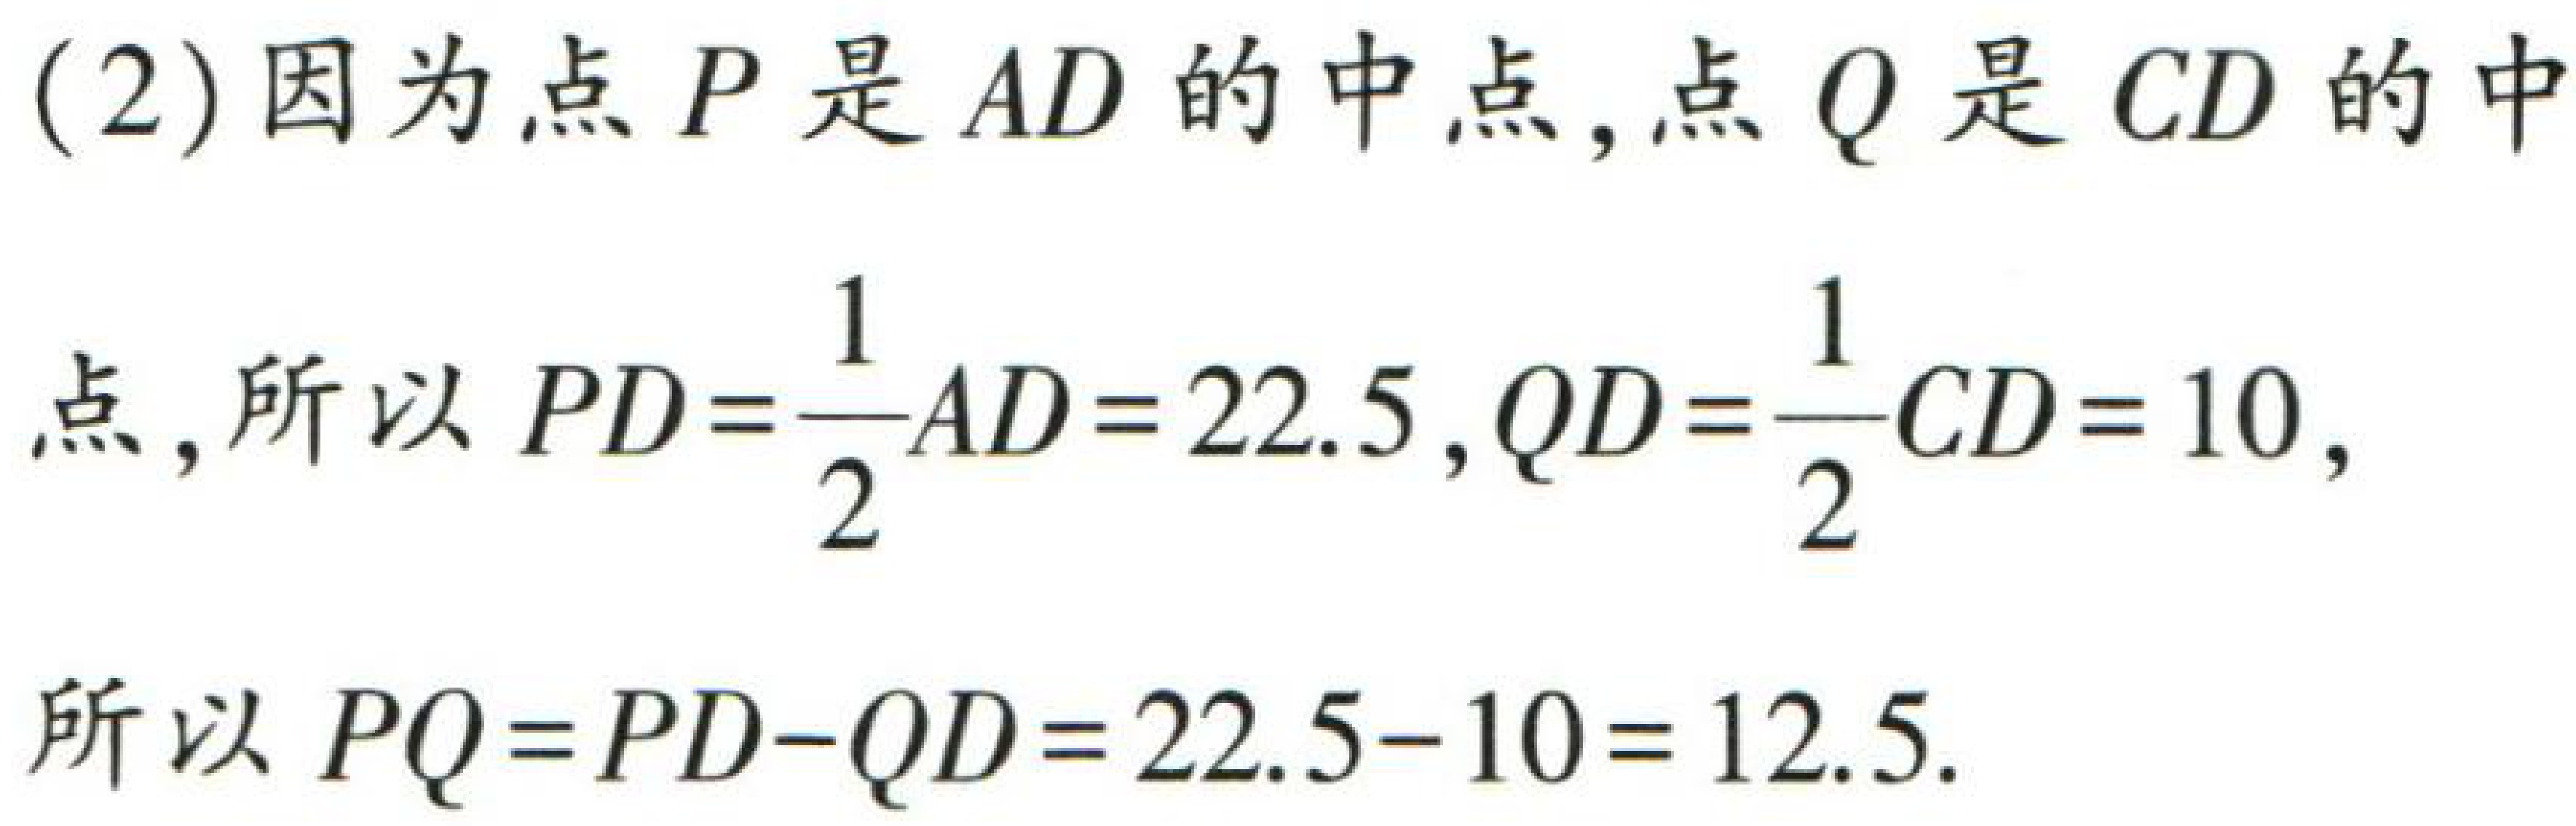
(2)因为点\(P\)是\(AD\)的中点,点\(Q\)是\(CD\)的中

点,所以\(PD = \dfrac{1}{2}AD = 22.5\), \(QD = \dfrac{1}{2}CD = 10\),

所以\(PQ = PD - QD = 22.5 - 10 = 12.5\).